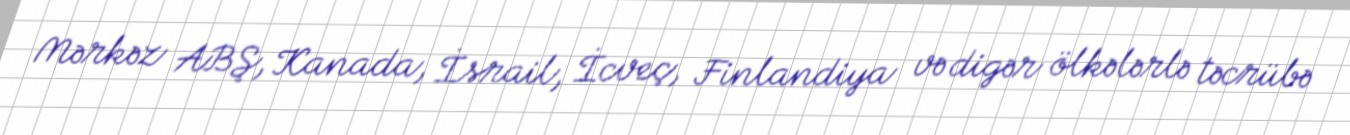
Mərkəz ABŞ, Kanada, İsrail, İcveç, Finlandiya və digər ölkələrlə təcrübə